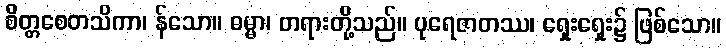
စိတ္တစေတသိကာ၊ န်သော။ ဓမ္မာ၊ တရားတို့သည်။ ပုရေဇာတဿ၊ ရှေးရှေး၌ ဖြစ်သော။